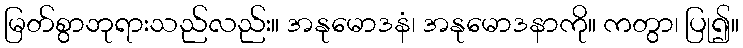
မြတ်စွာဘုရားသည်လည်း။ အနုမောဒနံ၊ အနုမောဒနာကို။ ကတွာ၊ ပြု၍။